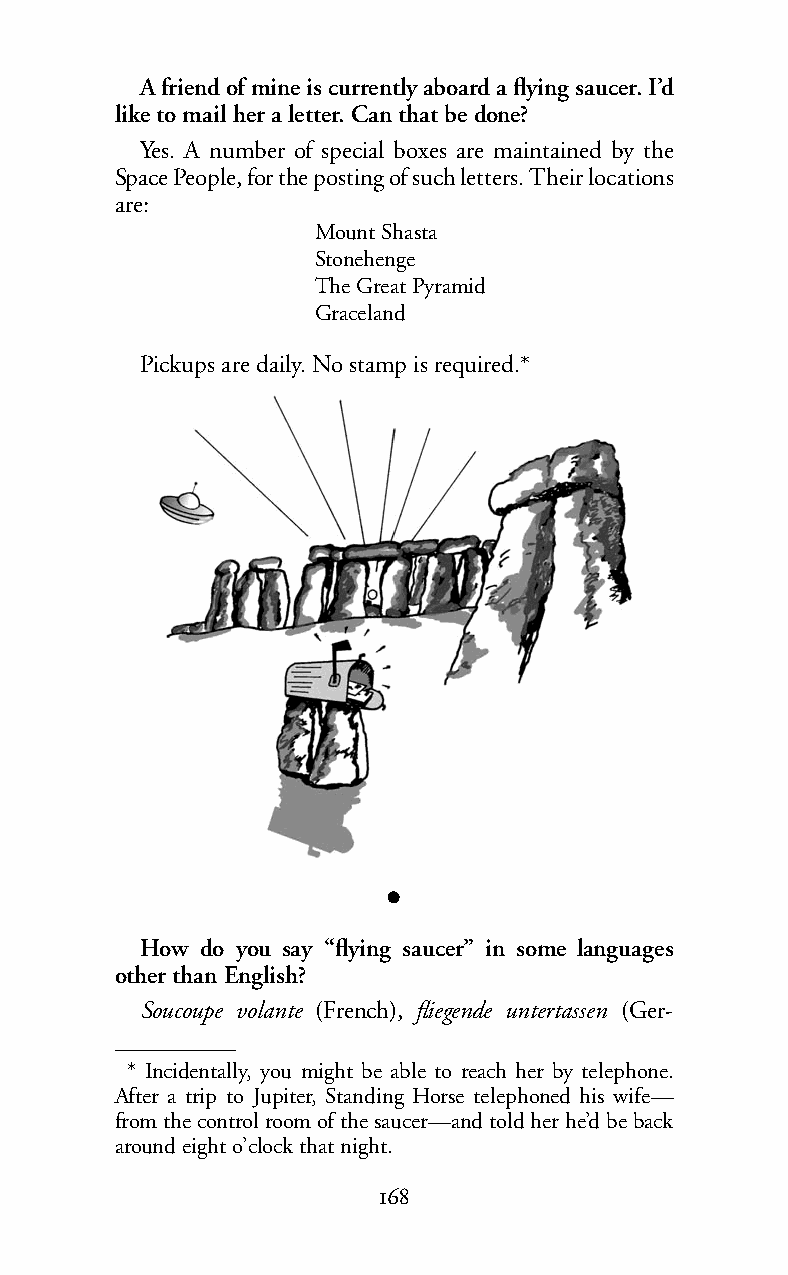
Afriend of mine is currently aboard a flying saucer. I’d
 like to mail her a letter. Can that be done?
 Yes. A number of special boxes are maintained by the
 Space People, for the posting of such letters. Their locations
 are:
 Mount Shasta
 Stonehenge
 The Great Pyramid
 Graceland
 Pickups are daily. No stamp is required.*
 l
 How do you say “flying saucer” in some languages
 other than English?
 Soucoupe volante (French), fliegende untertassen (Ger-
 * Incidentally, you might be able to reach her by telephone.
 After a trip to Jupiter, Standing Horse telephoned his wife—
 from the control room of the saucer—and told her he’d be back
 around eight o’clock that night.
 